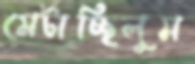
মেটাচ্ছিলুম